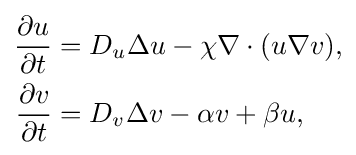
{\begin{aligned}{\frac {\partial u}{\partial t}}&=D_{u}\Delta u-\chi \nabla \cdot (u\nabla v),\\{\frac {\partial v}{\partial t}}&=D_{v}\Delta v-\alpha v+\beta u,\end{aligned}}